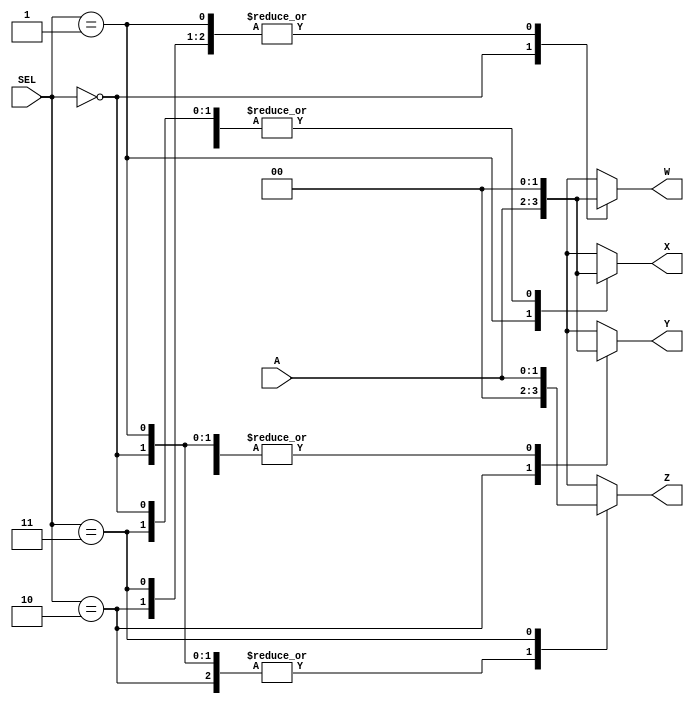
`timescale 1ns / 1ps
//////////////////////////////////////////////////////////////////////////////////
// Company: SUTD
// 
// Design Name: DSL q3
// Module Name: demultiplexer
// Project Name: DSL HW demultiplexer
// Target Devices: 
// Tool Versions: 
// Description: 
// 
// Dependencies: 
// 
// Revision:
// Revision 0.01 - File Created
// Additional Comments:
// 
//////////////////////////////////////////////////////////////////////////////////


//!DO NOT MODIFY MODULE NAME AND PORT NAME!
module demultiplexer(
    input [1:0]A,
    input [1:0]SEL,
    output reg [1:0]W,
    output reg [1:0]X,
    output reg [1:0]Y,
    output reg [1:0]Z
    );
    
    always@(A or SEL) begin
        case(SEL)
        //Setting different outputs as per SEL case
            2'b00 : begin //When SEL = 0
                W = A; X = 2'b00; Y = 2'b00; Z = 2'b00; 
            end
            
            2'b01 : begin //When SEL = 1
                W = 2'b00; X = A; Y = 2'b00; Z = 2'b00;
            end
            
            2'b10 : begin //When SEL = 2
                W = 2'b00; X = 2'b00; Y = A; Z = 2'b00;
            end
            
            2'b11 : begin //When SEL = 3
                W = 2'b00; X = 2'b00; Y = 2'b00; Z = A;
            end
            
        endcase
    end

endmodule